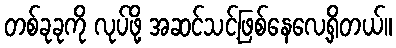
တစ်ခုခုကို လုပ်ဖို့ အဆင်သင့်ဖြစ်နေလေ့ရှိတယ်။